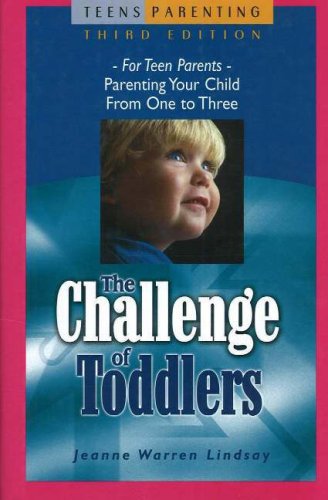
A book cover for The Challenge of Toddlers: For Teen ParentsEEParenting Your Child from One to Three (Teen Pregnancy and Parenting series); Jeanne Warren Lindsay; Teen & Young Adult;